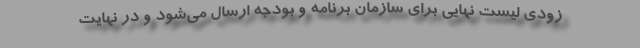
زودی لیست نهایی برای سازمان برنامه و بودجه ارسال می‌شود و در نهایت